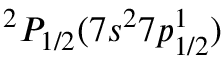
^ 2 P _ { 1 / 2 } ( 7 s ^ { 2 } 7 p _ { 1 / 2 } ^ { 1 } )